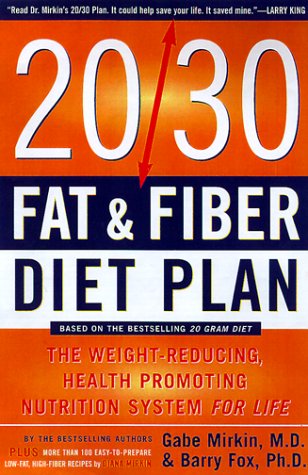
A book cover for The 20/30 Fat & Fiber Diet Plan: The Weight-Reducing, Health-Promoting Nutrition System for Life (Harper Resource Book); Gabe Mirkin; Health, Fitness & Dieting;